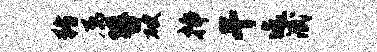
猪属簪破插干迄泯